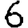
Digit: 6